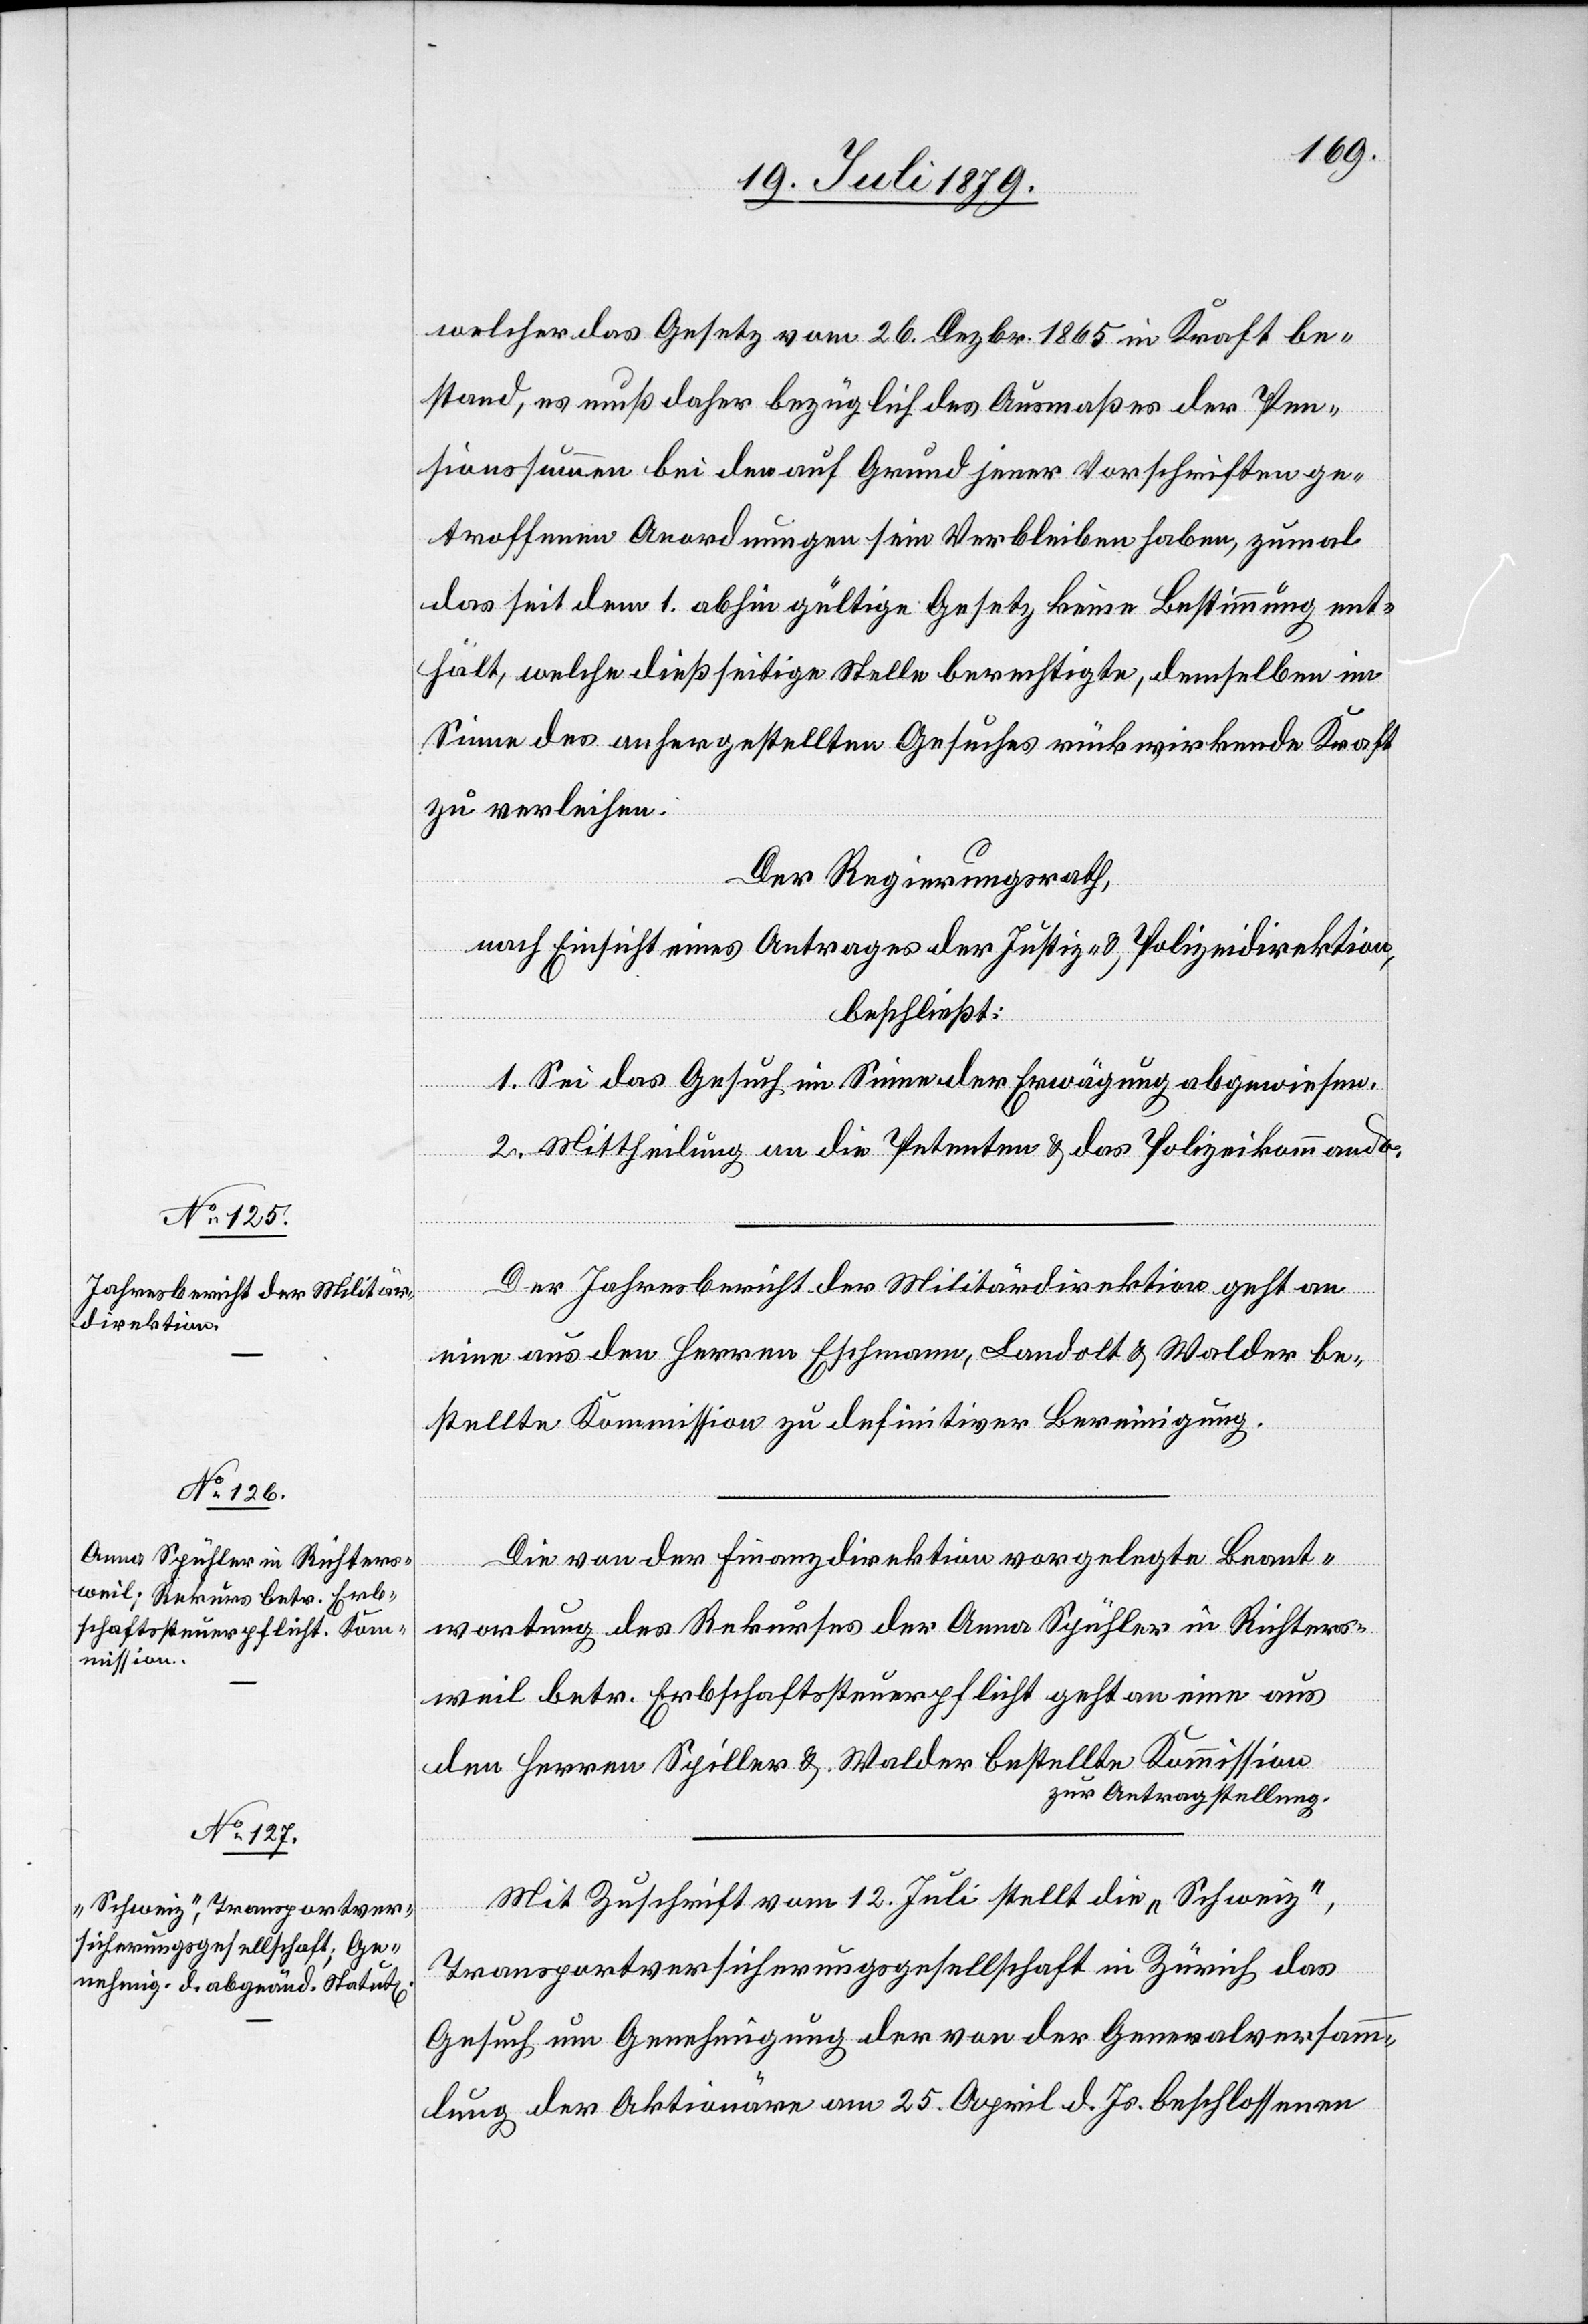
welcher das Gesetz vom 26. Dezbr. 1865 in Kraft be¬
stand, es muß daher bezüglich des Ausmaßes der Pen¬
sionssummen bei den auf Grund jener Vorschriften ge¬
troffenen Anordnungen sein Verbleiben haben, zumal
das seit dem 1. abhin gültige Gesetz keine Bestimmung ent¬
hält, welche dießseitige Stelle berechtigte, demselben im
Sinne des anhergestellten Gesuches rückwirkende Kraft
zu verleihen.
Der Regierungsrath,
nach Einsicht eines Antrages der Justiz- & Polizeidirektion,
beschließt:
1. Sei das Gesuch im Sinne der Erwägung abgewiesen.
2. Mittheilung an die Petenten & das Polizeikommando.
Der Jahresbericht der Militärdirektion geht an
eine aus den Herren Eschmann, Landolt & Walder be¬
stellte Kommission zu definitiver Bereinigung.
Die von der Finanzdirektion vorgelegte Beant¬
wortung des Rekurses der Anna Spühler in Richters¬
weil betr. Erbschaftssteuerpflicht geht an eine aus
den Herren Spiller & Walder bestellte Kommission
zur Antragstellung.
Mit Zuschrift vom 12. Juli stellt die „Schweiz“,
Transportversicherungsgesellschaft in Zürich das
Gesuch um Genehmigung der von der Generalversamm¬
lung der Aktionäre am 25. April d. Js. beschlossenen